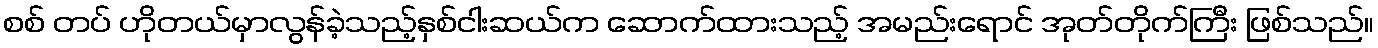
စစ် တပ် ဟိုတယ်မှာလွန်ခဲ့သည့်နှစ်ငါးဆယ်က ဆောက်ထားသည့် အမည်းရောင် အုတ်တိုက်ကြီး ဖြစ်သည်။